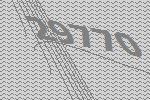
29770